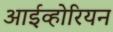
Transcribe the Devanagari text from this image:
आईव्होरियन